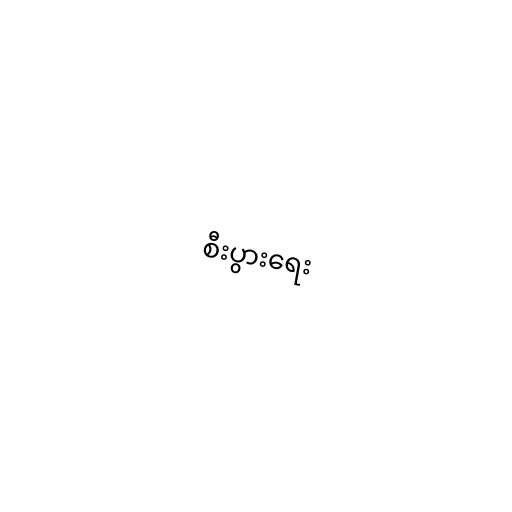
စီးပွားရေး